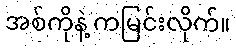
အစ်ကိုနဲ့ ကမြင်းလိုက်။